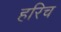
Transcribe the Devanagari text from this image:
हरिच